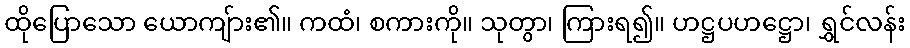
ထိုပြောသော ယောကျ်ား၏။ ကထံ၊ စကားကို။ သုတွာ၊ ကြားရ၍။ ဟဋ္ဌပဟဋ္ဌော၊ ရွှင်လန်း